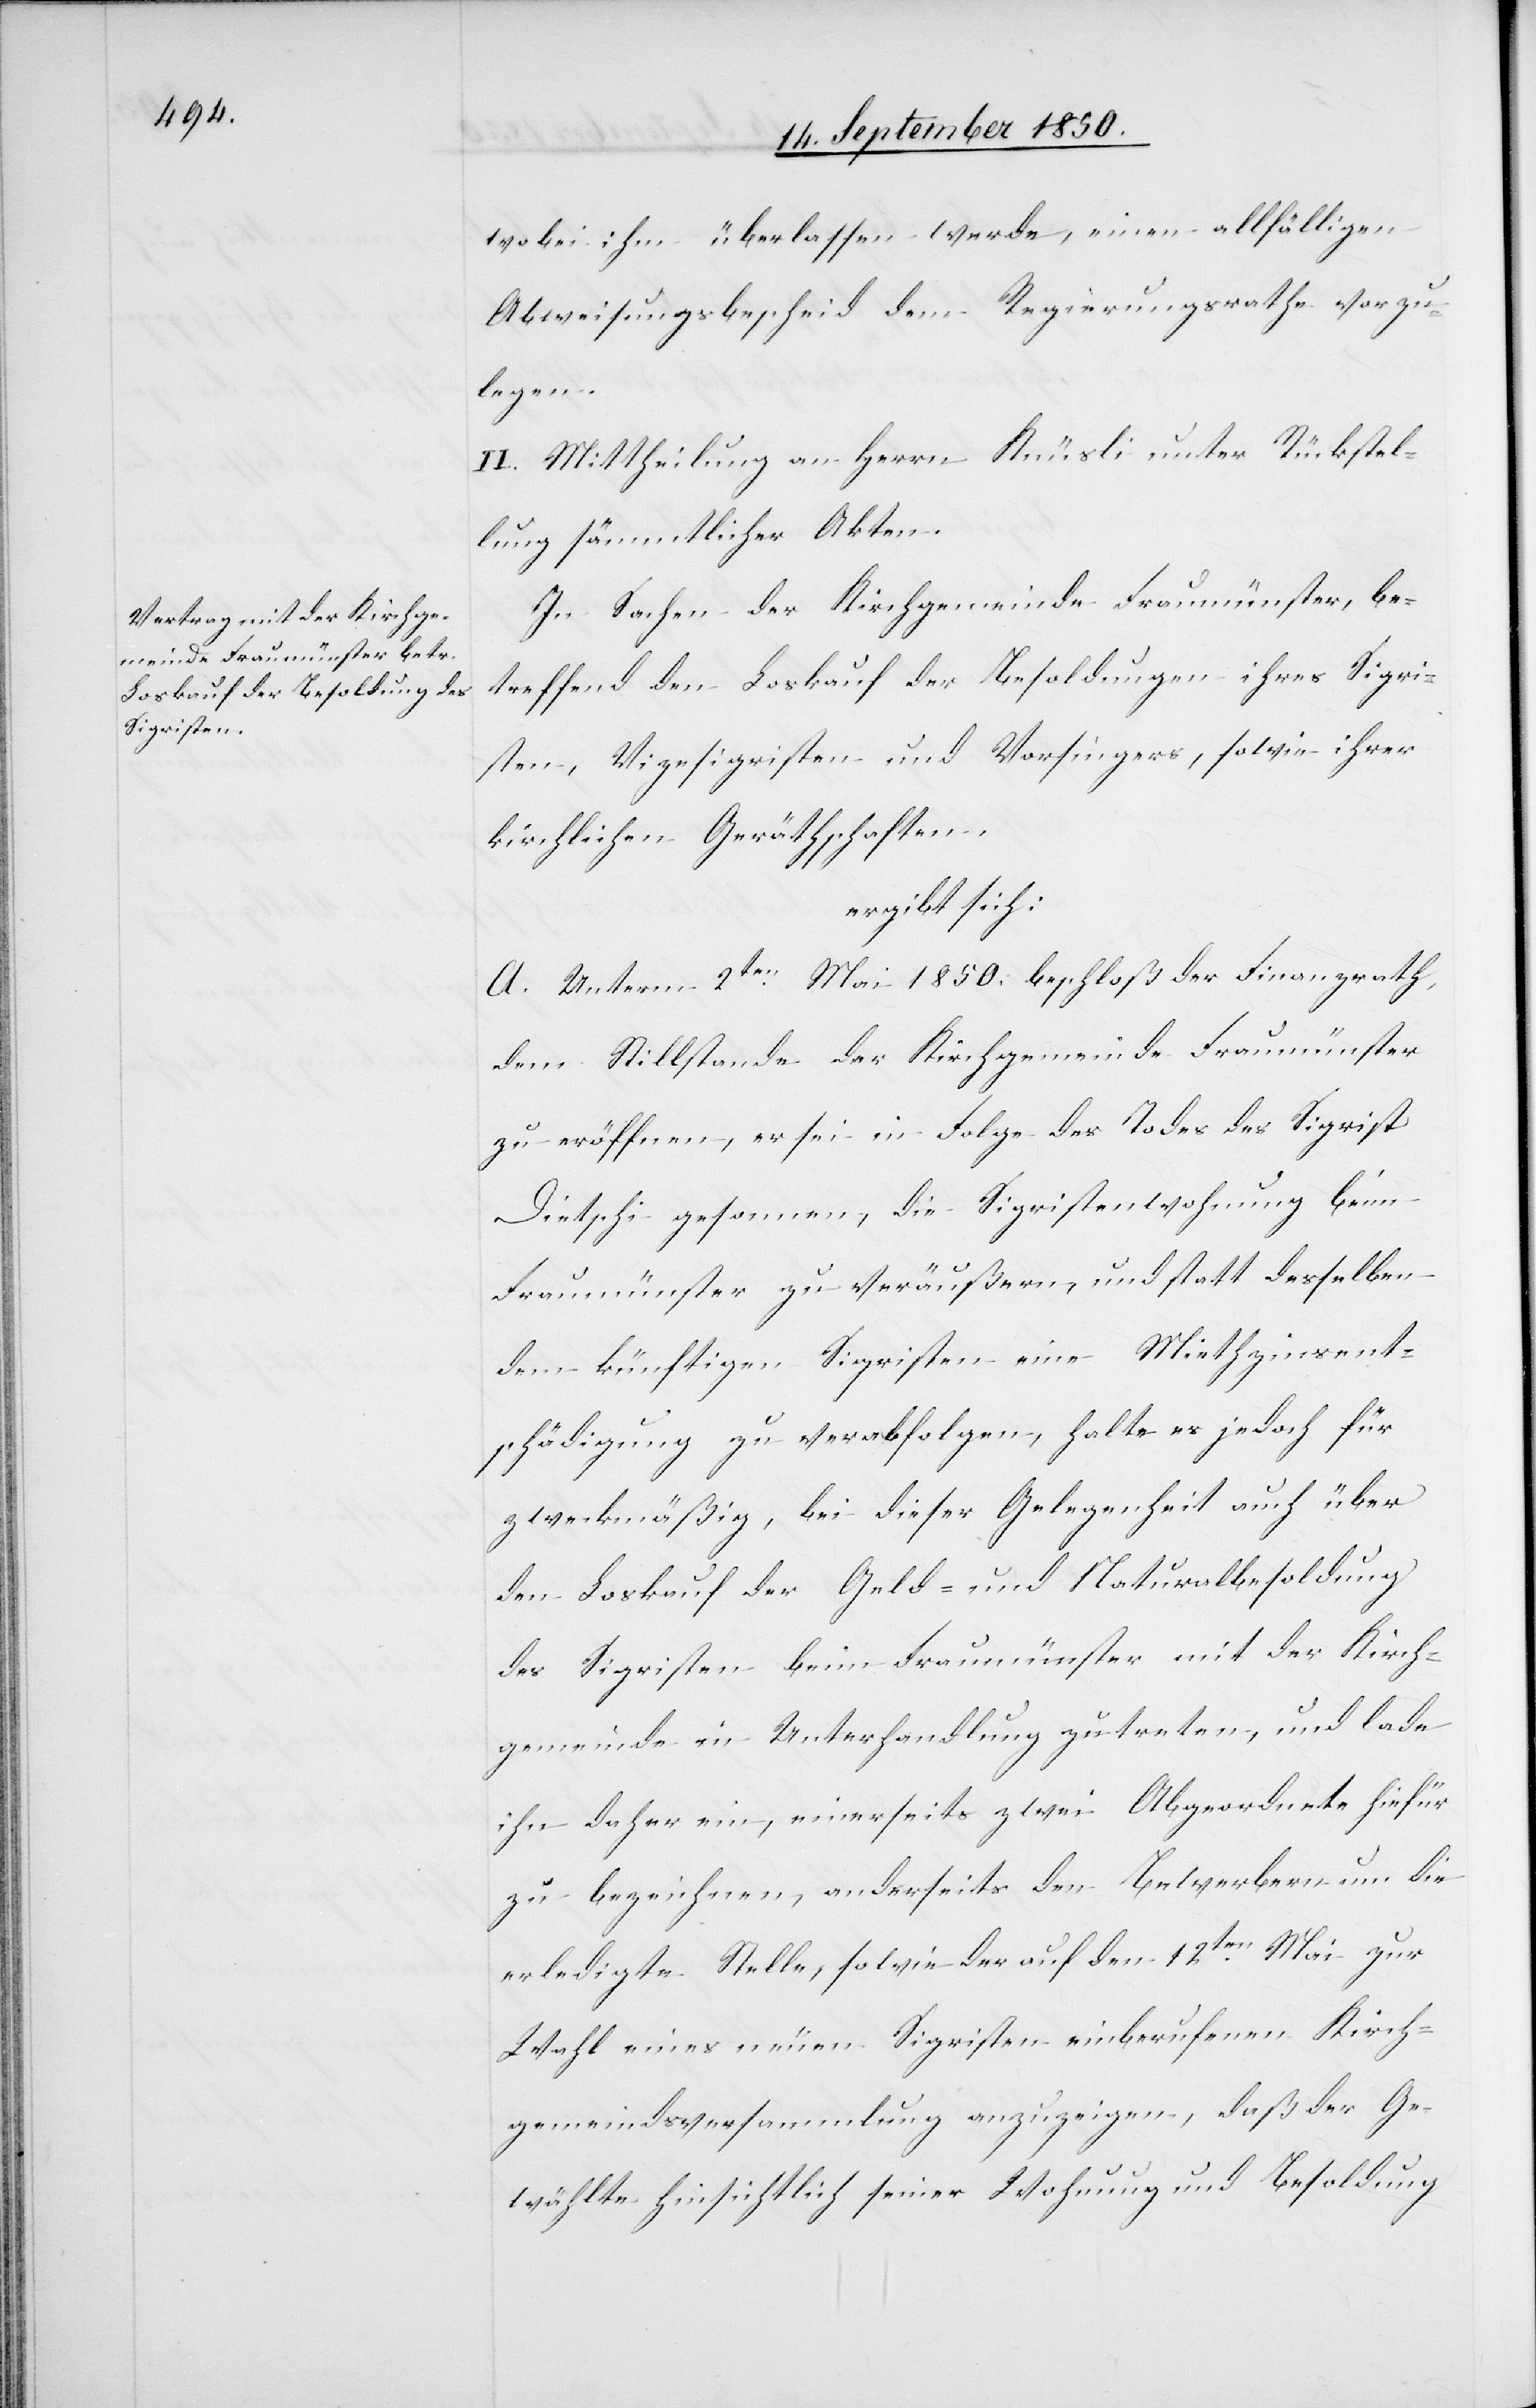
wobei ihm überlassen werde, einen allfälligen
Abweisungsbescheid dem Regierungsrathe vorzu¬
legen.
II. Mittheilung an Herrn Knüsli unter Rückstel¬
lung sämmtlicher Akten.
In Sachen der Kirchgemeinde Fraumünster, be¬
treffend den Loskauf der Besoldungen ihres Sigri¬
sten, Vizesigristen und Vorsingers, sowie ihrer
kirchlichen Geräthschaften,
ergibt sich:
A. Unterm 2ten Mai 1850. beschloß der Finanzrath,
dem Stillstande der Kirchgemeinde Fraumünster
zu eröffnen, er sei in Folge des Todes des Sigrist
Dietschi gesonnen, die Sigristenwohnung beim
Fraumünster zu veräußern, und statt desselben
dem künftigen Sigristen eine Miethzinsent¬
schädigung zu verabfolgen, halte es jedoch für
zweckmäßig, bei dieser Gelegenheit auch über
den Loskauf der Geld- und Naturalbesoldung
des Sigristen beim Fraumünster mit der Kirch¬
gemeinde in Unterhandlung zu treten, und lade
ihn daher ein, einerseits zwei Abgeordnete hiefür
zu bezeichnen, anderseits den Bewerbern um die
erledigte Stelle, sowie der auf den 12ten Mai zur
Wahl eines neuen Sigristen einberufenen Kirch¬
gemeindsversammlung anzuzeigen, daß der Ge¬
wählte hinsichtlich seiner Wohnung und Besoldung